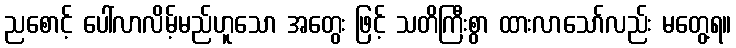
ညစောင့် ပေါ်လာလိမ့်မည်ဟူသော အတွေး ဖြင့် သတိကြီးစွာ ထားလာသော်လည်း မတွေ့ရ။